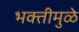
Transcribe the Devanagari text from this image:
भक्तीमुळे